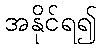
အနိုင်ရ၍